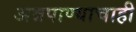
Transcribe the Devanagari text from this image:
अन्नपाण्याचाही